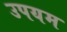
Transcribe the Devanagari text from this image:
उपयम